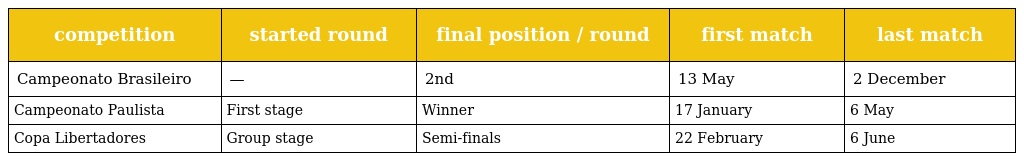
| competition | started round | final position / round | first match | last match |
 | --- | --- | --- | --- | --- |
 | Campeonato Brasileiro | — | 2nd | 13 May | 2 December |
 | Campeonato Paulista | First stage | Winner | 17 January | 6 May |
 | Copa Libertadores | Group stage | Semi-finals | 22 February | 6 June |